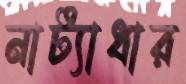
নাট্যাধার